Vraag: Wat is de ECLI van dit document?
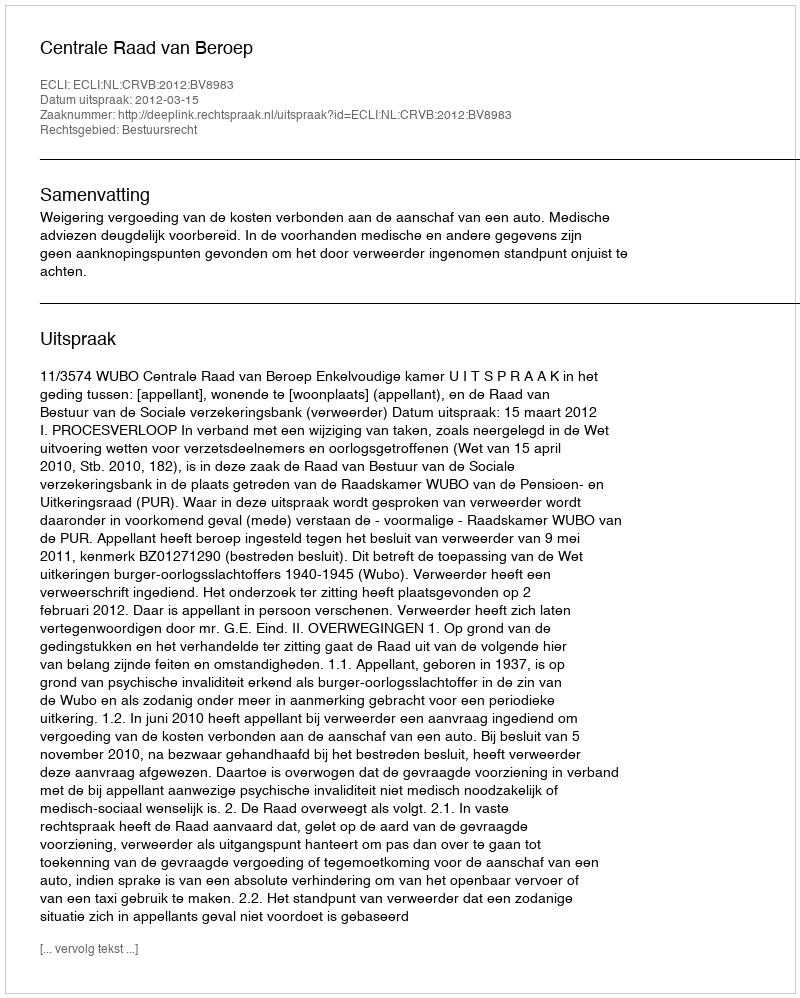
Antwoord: ECLI:NL:CRVB:2012:BV8983